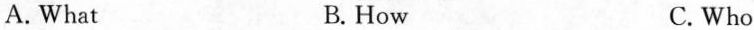
A.What B.How C.Who